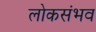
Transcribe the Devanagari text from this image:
लोकसंभव